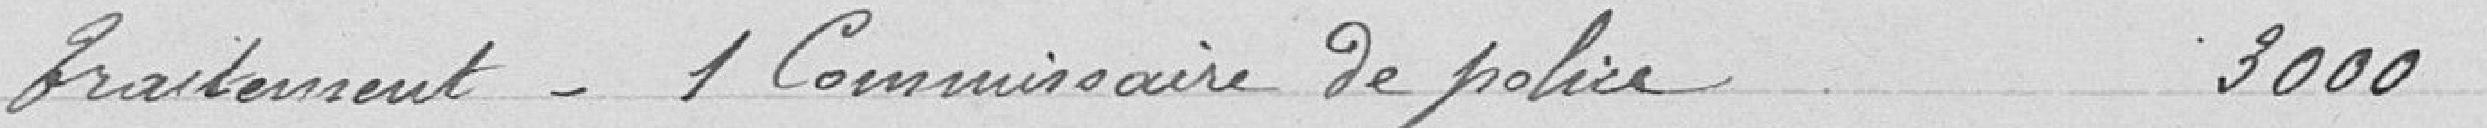
Traitement - 1 Commissaire de police 3000